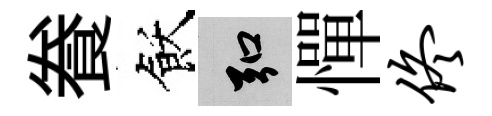
飬飫弘憚佟